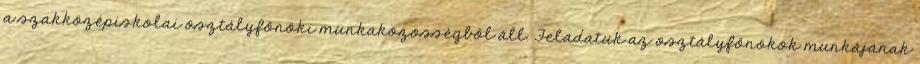
a szakközépiskolai osztályfőnöki munkaközösségből áll. Feladatuk az osztályfőnökök munkájának